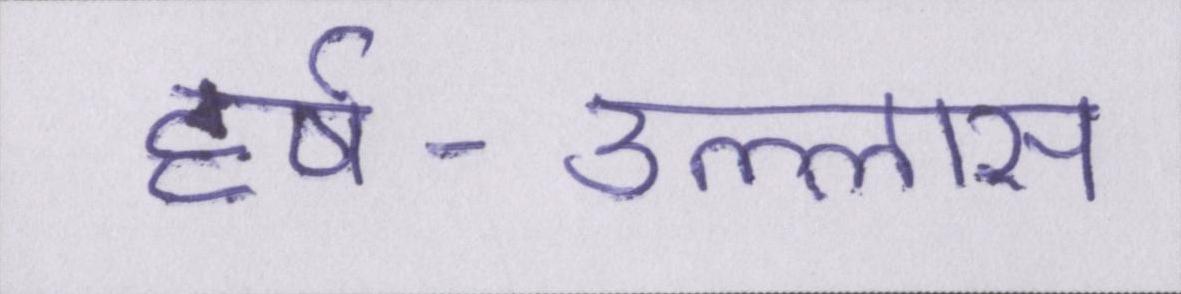
हर्ष-उल्लास